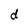
Character: d